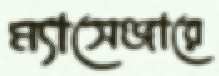
ম্যাসেঞ্জারে